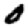
Digit: 0